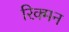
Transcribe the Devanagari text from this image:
रिक्मन